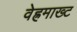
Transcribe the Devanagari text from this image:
वेह्रमाख्ट